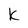
Character: k